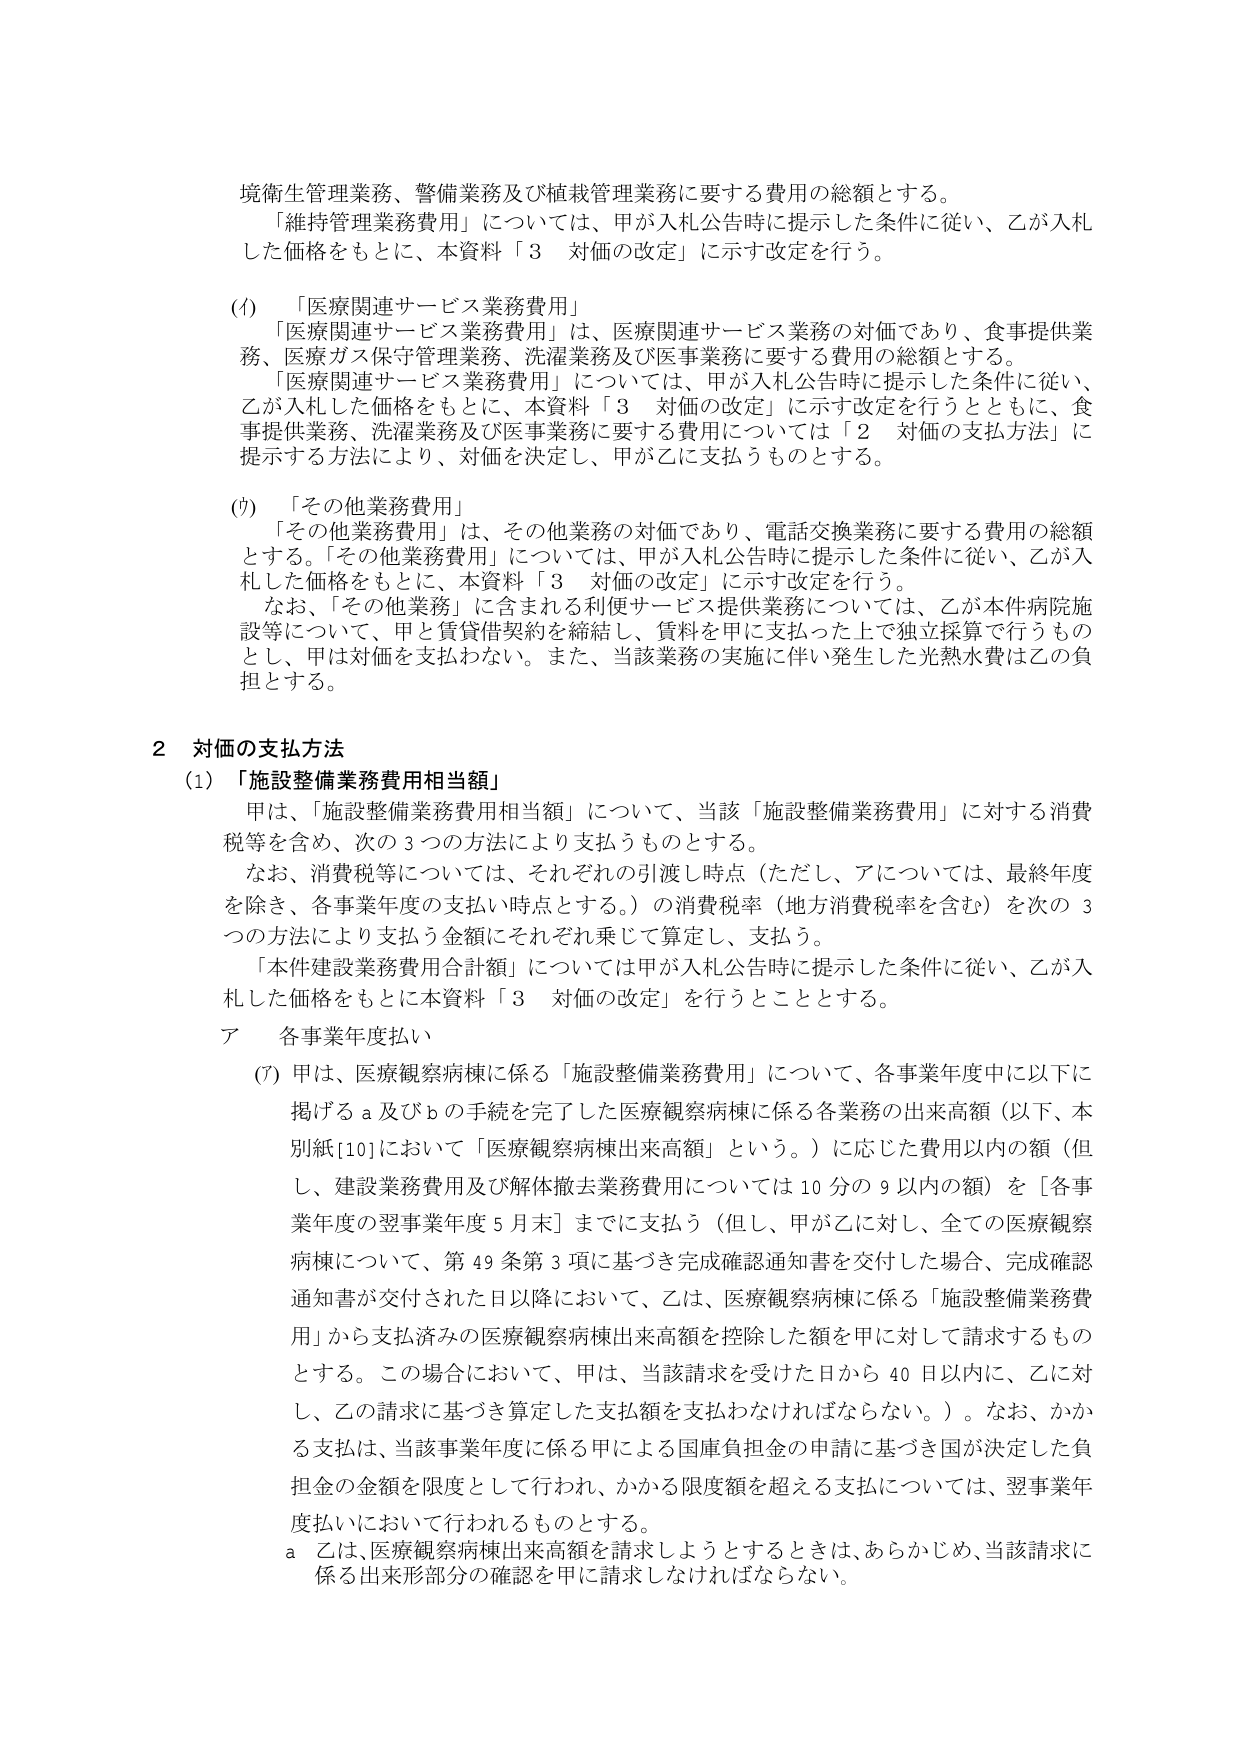
境衛生管理業務、警備業務及び植栽管理業務に要する費用の総額とする。
「維持管理業務費用」については、甲が入札公告時に提示した条件に従い、乙が入札
した価格をもとに、本資料「3 対価の改定」に示す改定を行う。

(イ) 「医療関連サービス業務費用」
「医療関連サービス業務費用」は、医療関連サービス業務の対価であり、食事提供業
務、医療ガス保守管理業務、洗濯業務及び医事業務に要する費用の総額とする。
「医療関連サービス業務費用」については、甲が入札公告時に提示した条件に従い、
乙が入札した価格をもとに、本資料「3 対価の改定」に示す改定を行うとともに、食
事提供業務、洗濯業務及び医事業務に要する費用については「2 対価の支払方法」に
提示する方法により、対価を決定し、甲が乙に支払うものとする。

(ウ) 「その他業務費用」
「その他業務費用」は、その他業務の対価であり、電話交換業務に要する費用の総額
とする。「その他業務費用」については、甲が入札公告時に提示した条件に従い、乙が入
札した価格をもとに、本資料「3 対価の改定」に示す改定を行う。
なお、「その他業務」に含まれる利便サービス提供業務については、乙が本件病院施
設等について、甲と賃貸借契約を締結し、賃料を甲に支払った上で独立採算で行うもの
とし、甲は対価を支払わない。また、当該業務の実施に伴い発生した光熱水費は乙の負
担とする。

2 対価の支払方法
(1) 「施設整備業務費用相当額」
甲は、「施設整備業務費用相当額」について、当該「施設整備業務費用」に対する消費
税等を含め、次の3つの方法により支払うものとする。
なお、消費税等については、それぞれの引渡し時点（ただし、アについては、最終年度
を除き、各事業年度の支払い時点とする。）の消費税率（地方消費税率を含む）を次の3
つの方法により支払う金額にそれぞれ乗じて算定し、支払う。
「本件建設業務費用合計額」については甲が入札公告時に提示した条件に従い、乙が入
札した価格をもとに本資料「3 対価の改定」を行うこととする。

ア 各事業年度払い
(ｱ) 甲は、医療観察病棟に係る「施設整備業務費用」について、各事業年度中に以下に
掲げるａ及びｂの手続を完了した医療観察病棟に係る各業務の出来高額（以下、本
別紙[10]において「医療観察病棟出来高額」という。）に応じた費用以内の額（但
し、建設業務費用及び解体撤去業務費用については10分の9以内の額）を［各事
業年度の翌事業年度5月末］までに支払う（但し、甲が乙に対し、全ての医療観察
病棟について、第49条第3項に基づき完成確認通知書を交付した場合、完成確認
通知書が交付された日以降において、乙は、医療観察病棟に係る「施設整備業務費
用」から支払済みの医療観察病棟出来高額を控除した額を甲に対して請求するもの
とする。この場合において、甲は、当該請求を受けた日から40日以内に、乙に対
し、乙の請求に基づき算定した支払額を支払わなければならない。）。なお、かか
る支払は、当該事業年度に係る甲による国庫負担金の申請に基づき国が決定した負
担金の金額を限度として行われ、かかる限度額を超える支払については、翌事業年
度払いにおいて行われるものとする。
ａ 乙は、医療観察病棟出来高額を請求しようとするときは、あらかじめ、当該請求に
係る出来形部分の確認を甲に請求しなければならない。